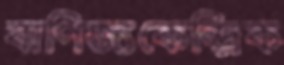
বাণিজ্যকেন্দ্রিক